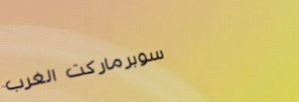
سوبرماركت الغرب